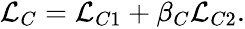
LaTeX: \begin{array}{r}{\mathcal{L}_{C}=\mathcal{L}_{C1}+\beta_{C}\mathcal{L}_{C2}.}\end{array}